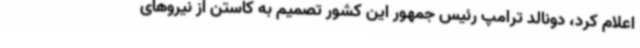
اعلام کرد، دونالد ترامپ رئیس جمهور این کشور تصمیم به کاستن از نیروهای